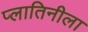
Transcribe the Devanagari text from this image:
प्लातिनीला